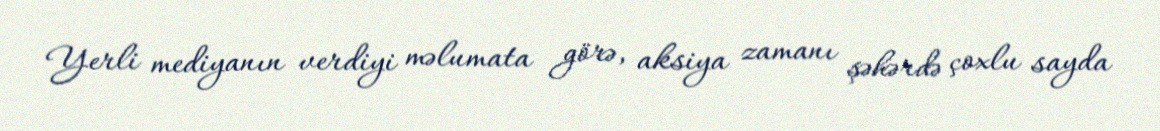
Yerli mediyanın verdiyi məlumata görə, aksiya zamanı şəhərdə çoxlu sayda